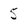
Character: 5